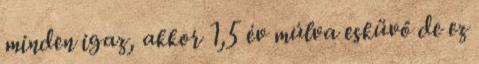
minden igaz, akkor 1,5 év múlva esküvő de ez